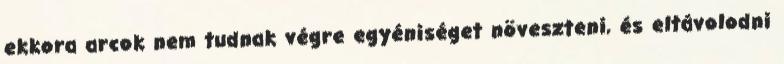
ekkora arcok nem tudnak végre egyéniséget növeszteni, és eltávolodni